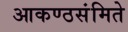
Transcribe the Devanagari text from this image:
आकण्ठसंमिते